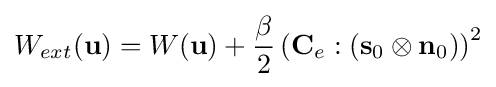
W_{ext}({\mathbf {u}})=W({\mathbf {u}})+{\dfrac {\beta }{2}}\left({\mathbf {C}}_{e}:({\mathbf {s}}_{0}\otimes {\mathbf {n}}_{0})\right)^{2}